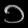
Digit: ၁